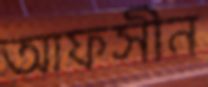
আফসীন